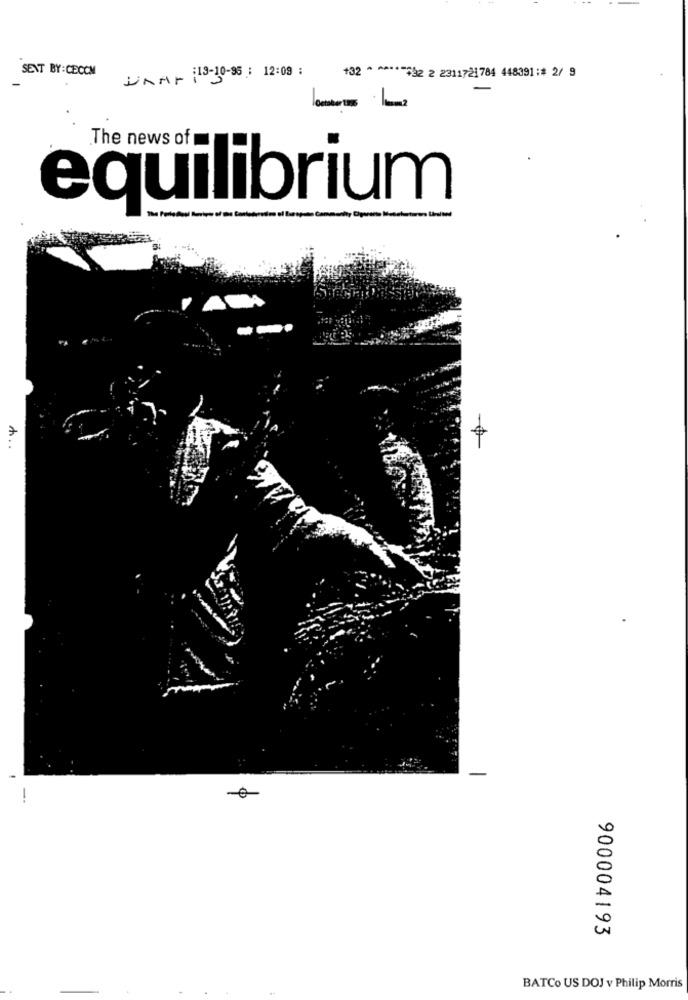
SENT BY:CECCM
LAMP (13-10-95 : 12:09 :
+32 * ****** 32 2 2311721784 448391;# 2/ 9
The news of
equilibrium
7
900004193
BATCo US DOJ v Philip Morris